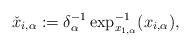
LaTeX: \begin{align*}\check{x}_{i,\alpha}:=\delta_\alpha^{-1}\exp_{x_{1,\alpha}}^{-1}(x_{i,\alpha}),\end{align*}